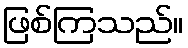
ဖြစ်ကြသည်။